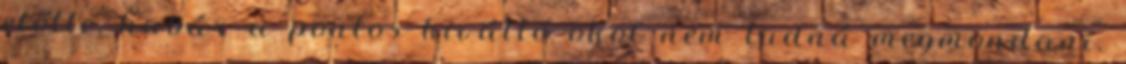
előtte, habár a pontos kiváltó okot nem tudná megmondani.